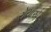
રોયાએ